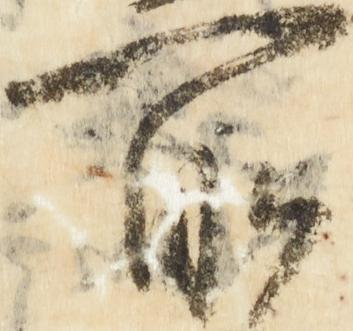
所